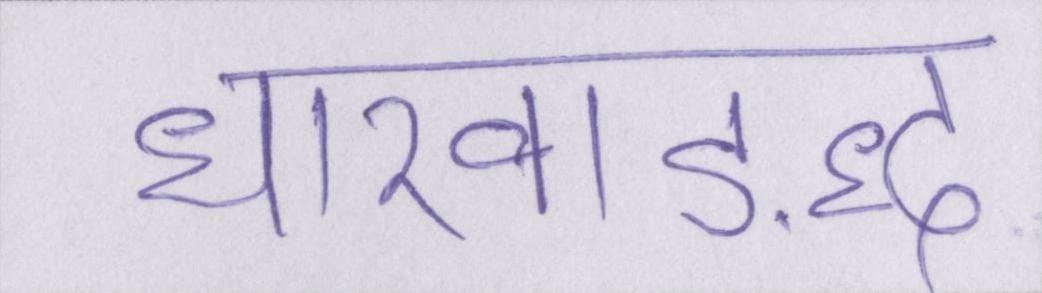
धारवाड़द्ध